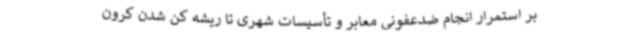
بر استمرار انجام ضدعفونی معابر و تأسیسات شهری تا ریشه کن شدن کرون